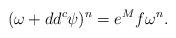
LaTeX: \begin{align*}(\omega + dd^c \psi)^n = e^M f \omega^n.\end{align*}